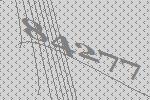
84277